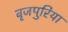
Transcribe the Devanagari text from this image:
बृजपुरिया